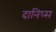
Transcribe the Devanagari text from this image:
दानिप्स